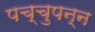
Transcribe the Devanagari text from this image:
पच्चुपन्न